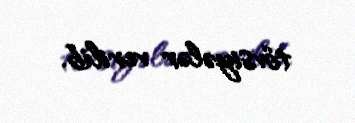
tövsiyələr verilib.